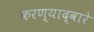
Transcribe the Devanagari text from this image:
करण्याद्वारे